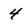
Character: 4